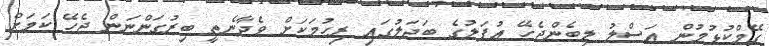
ގޭމްކުޅުމުން އަސްލު ލިބެންޖެހޭ އުފަލުގެ ބަދަލުގައި ރިހުމަކަށް ވެދާނެތީ ބިރުގަންނަން ޖެހޭ ކަމަށް